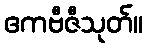
ဧကဗီဇီသုတ်။